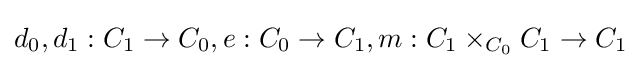
d_{0},d_{1}:C_{1}\rightarrow C_{0},e:C_{0}\rightarrow C_{1},m:C_{1}\times _{C_{0}}C_{1}\rightarrow C_{1}